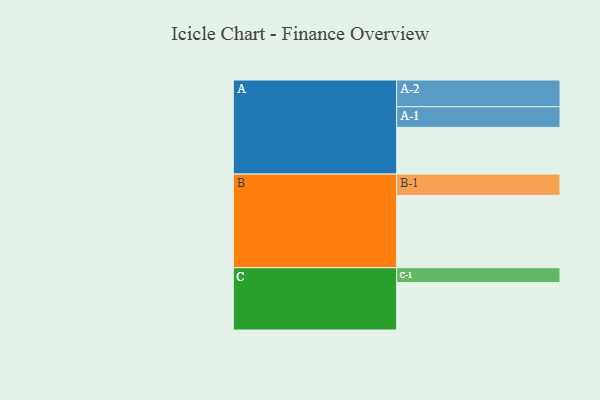
{"axis": {"x": "Segment", "y": "Value"}, "legend": ["", "A", "B", "C"], "data": [{"x": "A", "y": 386, "type": ""}, {"x": "B", "y": 598, "type": ""}, {"x": "C", "y": 392, "type": ""}, {"x": "A-1", "y": 171, "type": "A"}, {"x": "A-2", "y": 221, "type": "A"}, {"x": "B-1", "y": 176, "type": "B"}, {"x": "C-1", "y": 123, "type": "C"}]}